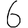
Digit: 6